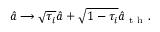
\hat { a } \longrightarrow \sqrt { \tau _ { i } } \hat { a } + \sqrt { 1 - \tau _ { i } } \hat { a } _ { \mathrm { ~ t ~ h ~ } } .